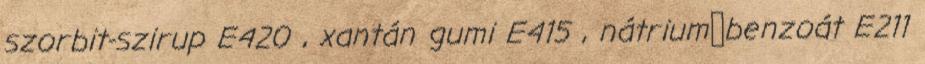
szorbit-szirup E420 , xantán gumi E415 , nátrium‑benzoát E211